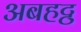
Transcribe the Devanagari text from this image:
अबहट्ठ